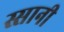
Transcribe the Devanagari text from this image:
स्सानी